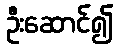
ဦးဆောင်၍